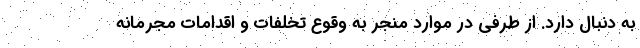
به دنبال دارد. از طرفی در موارد منجر به وقوع تخلفات و اقدامات مجرمانه